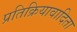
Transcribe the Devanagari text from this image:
प्रतिक्रियावादिता